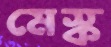
মেস্ক